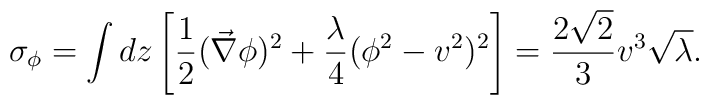
\sigma_{\phi}= \int dz \left[ \frac {1} {2} (\vec{\nabla} \phi)^2 +\frac {\lambda} {4} (\phi^2 - v^2)^2\right] = \frac {2 \sqrt{2}} {3}  v^3 \sqrt{\lambda}.